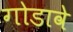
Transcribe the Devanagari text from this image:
गोडावे